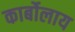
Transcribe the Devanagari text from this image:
कार्बोलाय